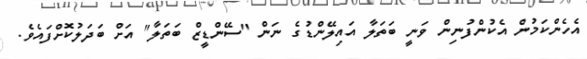
އެހެންކަމުން އެކުންފުނިން ވަނީ ބަތަލާ އައިލޭންޑުގެ ނަން "ސޭންޑީޒް ބަތަލާ" އަށް ބަދަލުކޮށްފައެވެ.